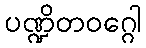
ပဏ္ဍိတဝဂ္ဂေါ